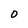
Character: O